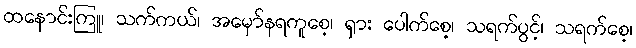
ထနောင်းကြူ၊ သက်ကယ်၊ အမှော်နရကူစေ့၊ ရှား ပေါက်စေ့၊ သရက်ပွင့်၊ သရက်စေ့၊